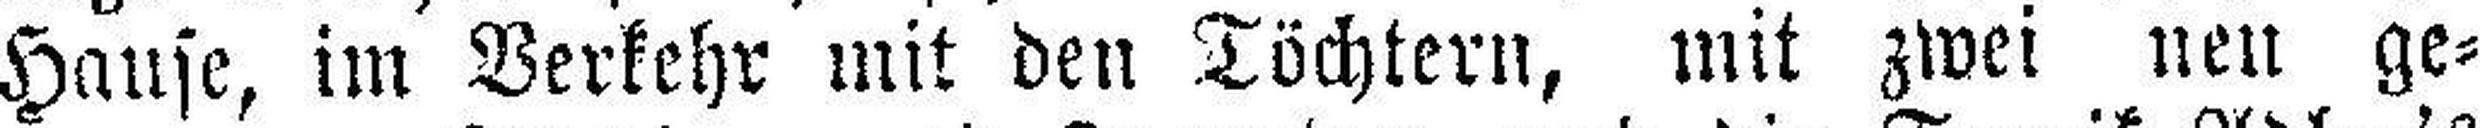
Hause, im Verkehr mit den Töchtern, mit zwei neu ge¬